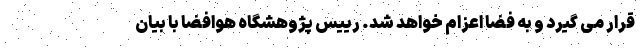
قرار می گیرد و به فضا اعزام خواهد شد. رییس پژوهشگاه هوافضا با بیان